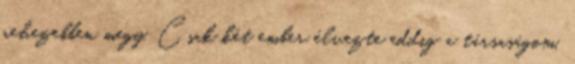
nehezebben megy. Csak két ember élvezte eddig a társaságom,